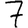
Digit: 7